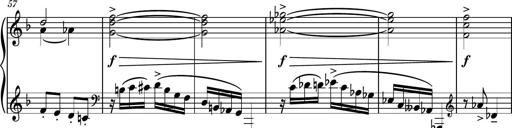
Title: Piano Sonatina No.8
Composer: Dimitri Sykias
Key: F major